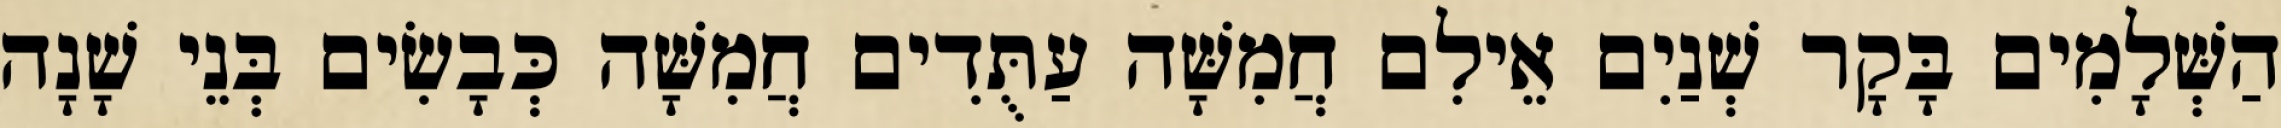
הַשְּׁלָמִים בָּקָר שְׁנַיִם אֵילִם חֲמִשָּׁה עַתֻּדִים חֲמִשָּׁה כְּבָשִׂים בְּנֵי שָׁנָה